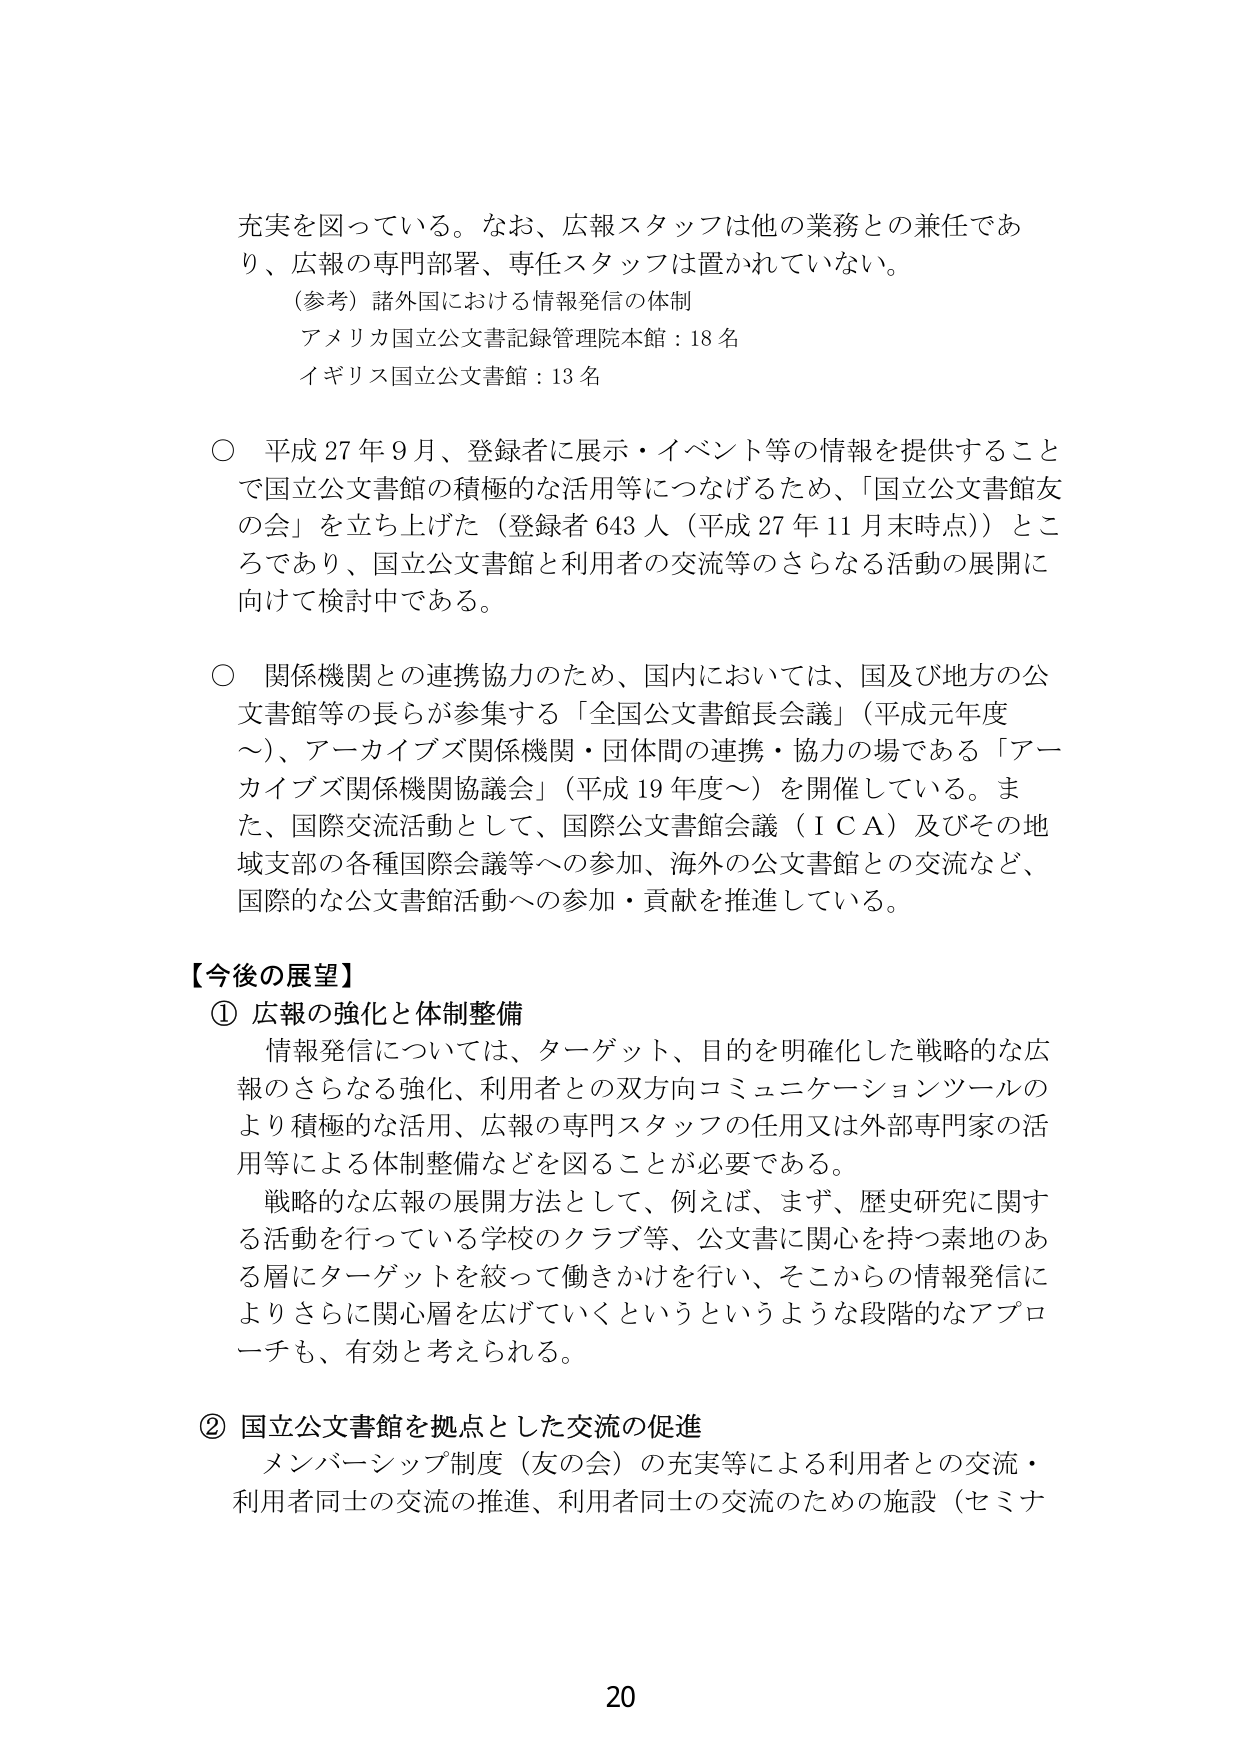
充実を図っている。なお、広報スタッフは他の業務との兼任であり、広報の専門部署、専任スタッフは置かれていない。

（参考）諸外国における情報発信の体制
アメリカ国立公文書記録管理院本館：18名
イギリス国立公文書館：13名

○ 平成27年9月、登録者に展示・イベント等の情報を提供することで国立公文書館の積極的な活用等につなげるため、「国立公文書館友の会」を立ち上げた（登録者643人（平成27年11月末時点））ところであり、国立公文書館と利用者の交流等のさらなる活動の展開に向けて検討中である。

○ 関係機関との連携協力のため、国内においては、国及び地方の公文書館等の長らが参集する「全国公文書館長会議」（平成元年度～）、アーカイブズ関係機関・団体間の連携・協力の場である「アーカイブズ関係機関協議会」（平成19年度～）を開催している。また、国際交流活動として、国際公文書館会議（ICA）及びその地域支部の各種国際会議等への参加、海外の公文書館との交流など、国際的な公文書館活動への参加・貢献を推進している。

【今後の展望】
① 広報の強化と体制整備
情報発信については、ターゲット、目的を明確化した戦略的な広報のさらなる強化、利用者との双方向コミュニケーションツールのより積極的な活用、広報の専門スタッフの任用又は外部専門家の活用等による体制整備などを図ることが必要である。
戦略的な広報の展開方法として、例えば、まず、歴史研究に関する活動を行っている学校のクラブ等、公文書に関心を持つ素地のある層にターゲットを絞って働きかけを行い、そこからの情報発信によりさらに関心層を広げていくというというような段階的なアプローチも、有効と考えられる。

② 国立公文書館を拠点とした交流の促進
メンバーシップ制度（友の会）の充実等による利用者との交流・利用者同士の交流の推進、利用者同士の交流のための施設（セミナ

20